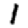
Digit: 1